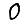
Digit: 0